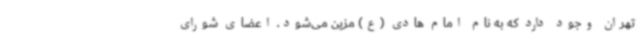
تهران وجود دارد که به نام امام هادی (ع) مزین می‌شود. اعضای شورای